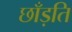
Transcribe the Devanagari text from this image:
छाँड़ति